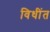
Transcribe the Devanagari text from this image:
विधींत